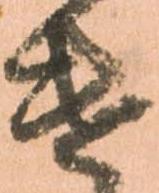
遣